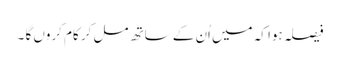
فیصلہ ہوا کہ میں اُن کے ساتھ مل کر کام کروں گا ۔